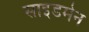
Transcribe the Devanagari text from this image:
साइडमेन